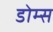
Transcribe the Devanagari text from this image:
डोम्स